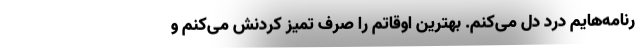
رنامه‌هایم درد دل می‌کنم. بهترین اوقاتم را صرف تمیز کردنش می‌کنم و